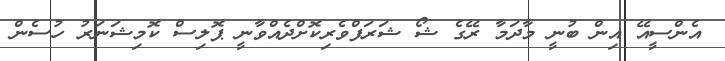
އެންސީއޭ އިން ބުނީ މާދަމާ ރޭގެ ޝޯ ޝަރަފްވެރިކޮށްދެއްވާނީ ޕޮލިސް ކޮމިޝަނަރު ހުސެން